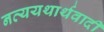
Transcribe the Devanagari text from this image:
नव्ययथार्थवादी